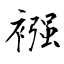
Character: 襁